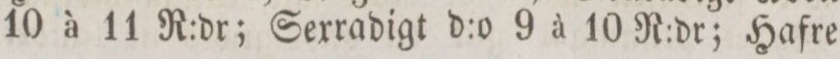
10 à 11 R:dr; Sexradigt d:o 9 à 10 R:dr; Hafre